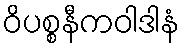
ဝိပစ္စနီကဝါဒါနံ